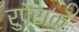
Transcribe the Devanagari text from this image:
रुपेराके